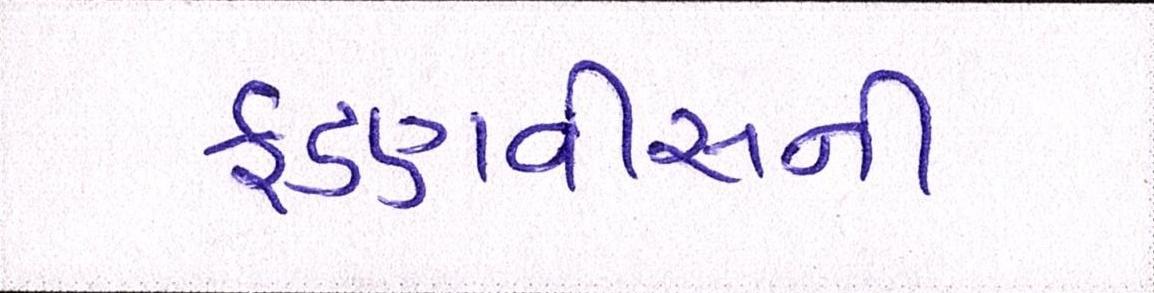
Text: ફડણવીસની